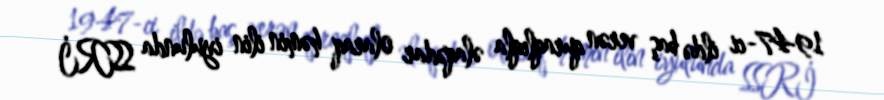
1947-ci ildə baş verən quraqlıqla əlaqədar olaraq həmin ilin iyulunda SSRİ